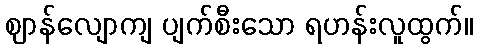
ဈာန်လျောကျ ပျက်စီးသော ရဟန်းလူထွက်။